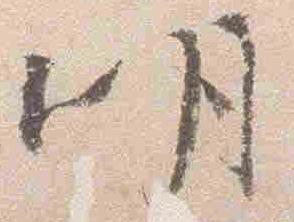
明